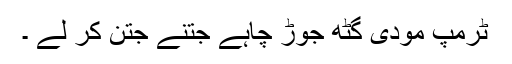
ٹرمپ مودی گٹھ جوڑ چاہے جتنے جتن کر لے ۔